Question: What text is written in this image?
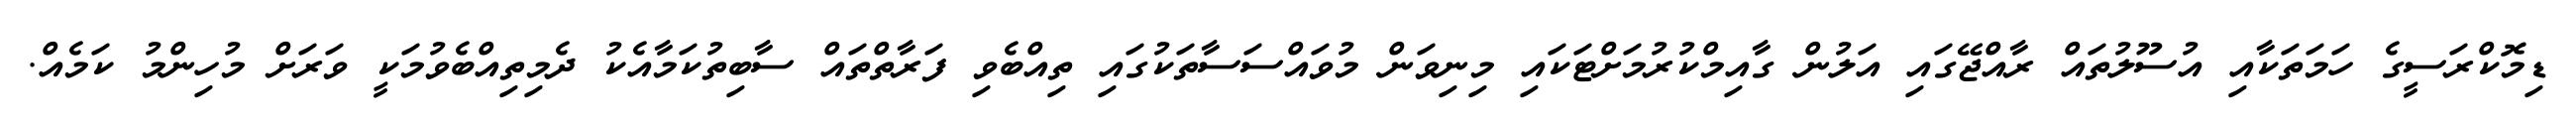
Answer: ޑިމޮކްރަސީގެ ހަމަތަކާއި އުސޫލުތައް ރާއްޖޭގައި އަލުން ގާއިމްކުރުމަށްޓަކައި މިނިވަން މުވައްސަސާތަކުގައި ތިއްބެވި ފަރާތްތައް ސާބިތުކަމާއެކު ދެމިތިއްބެވުމަކީ ވަރަށް މުހިންމު ކަމެއް.